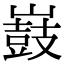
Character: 𡽂